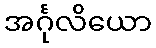
အင်္ဂုလိယော